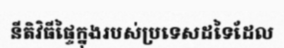
នីតិវិធីផ្ទៃក្នុងរបស់ប្រទេសដទៃដែល